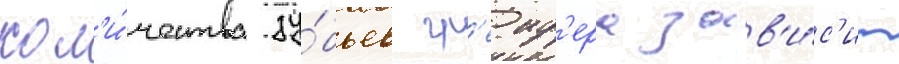
кол'и́чества зу́бьев гр'еиф'ера зав'и́с'ит